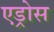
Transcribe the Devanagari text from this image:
एड्रोस